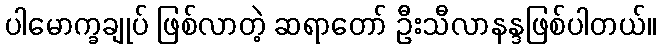
ပါမောက္ခချုပ် ဖြစ်လာတဲ့ ဆရာတော် ဦးသီလာနန္ဒဖြစ်ပါတယ်။